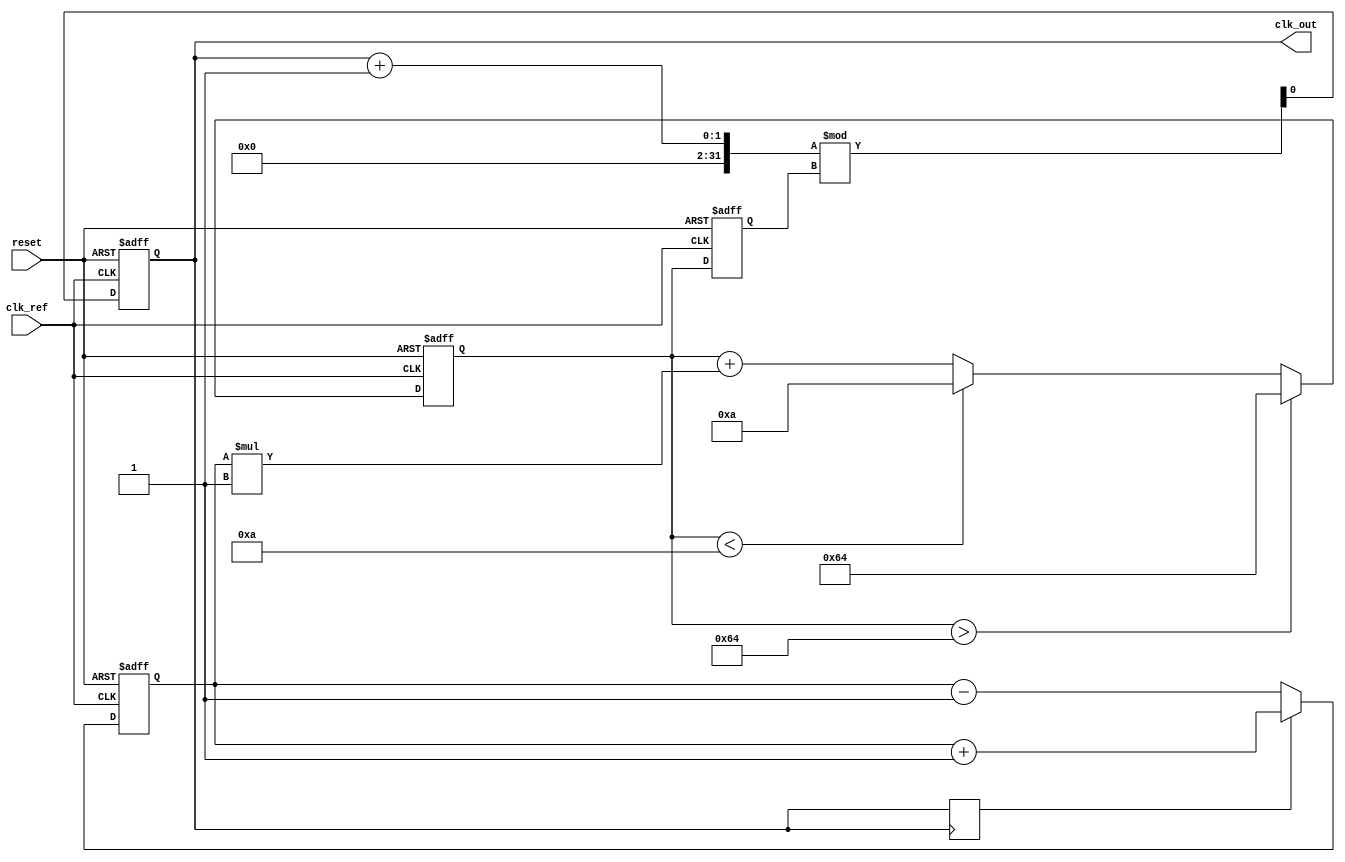
module pll (
    input wire clk_ref,        // Reference clock input
    input wire reset,          // Reset signal
    output reg clk_out         // Output clock
);

    // Parameters
    parameter integer VCO_MAX_FREQ = 100; // Maximum VCO frequency
    parameter integer VCO_MIN_FREQ = 10;   // Minimum VCO frequency
    parameter integer LOOP_FILTER_GAIN = 1; // Gain for loop filter

    // Internal signals
    reg [7:0] phase_error;      // Phase error signal
    reg [7:0] control_voltage;   // Control voltage for VCO
    reg [7:0] vco_frequency;     // Current frequency of VCO
    reg clk_feedback;            // Feedback clock signal

    // Phase Detector
    always @(posedge clk_ref or posedge reset) begin
        if (reset) begin
            phase_error <= 0;
        end else begin
            // Simple phase comparison (leading/lagging)
            if (clk_feedback) begin
                phase_error <= phase_error + 1; // Feedback clock is leading
            end else begin
                phase_error <= phase_error - 1; // Feedback clock is lagging
            end
        end
    end

    // Loop Filter
    always @(posedge clk_ref or posedge reset) begin
        if (reset) begin
            control_voltage <= 0;
        end else begin
            // Simple proportional filter
            control_voltage <= control_voltage + (phase_error * LOOP_FILTER_GAIN);
            // Clamp control voltage to VCO range
            if (control_voltage > VCO_MAX_FREQ) begin
                control_voltage <= VCO_MAX_FREQ;
            end else if (control_voltage < VCO_MIN_FREQ) begin
                control_voltage <= VCO_MIN_FREQ;
            end
        end
    end

    // Voltage-Controlled Oscillator (VCO)
    always @(posedge clk_ref or posedge reset) begin
        if (reset) begin
            vco_frequency <= VCO_MIN_FREQ; // Start at minimum frequency
            clk_out <= 0;
        end else begin
            // Adjust VCO frequency based on control voltage
            vco_frequency <= control_voltage;
            // Generate output clock based on VCO frequency
            clk_out <= (clk_out + 1) % vco_frequency; // Simple frequency divider
        end
    end

    // Feedback Mechanism
    always @(posedge clk_out) begin
        clk_feedback <= clk_out; // Feedback the output clock
    end

endmodule